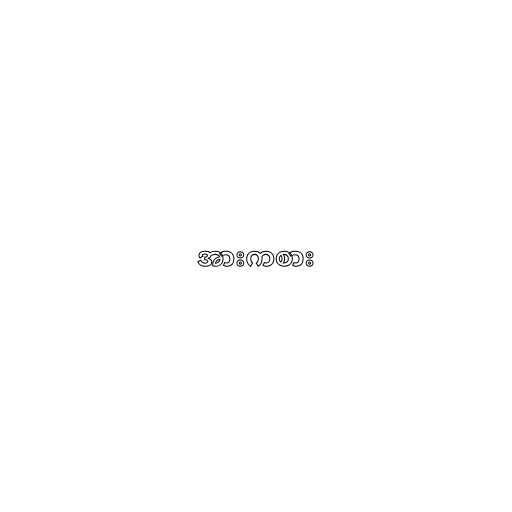
အားကစား